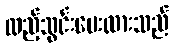
ထည့်သွင်းပေးထားသည်